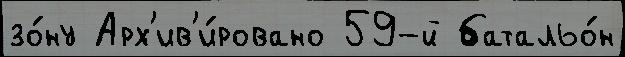
зо́ну Арх'ив'и́ровано 59-й батальо́н